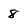
Character: 8